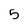
Character: 5